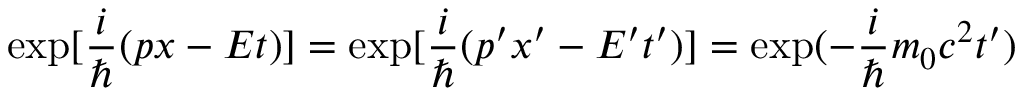
\exp [ \frac { i } { \hbar } ( p x - E t ) ] = \exp [ \frac { i } { \hbar } ( p ^ { \prime } x ^ { \prime } - E ^ { \prime } t ^ { \prime } ) ] = \exp ( - \frac { i } { \hbar } m _ { 0 } c ^ { 2 } t ^ { \prime } )